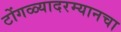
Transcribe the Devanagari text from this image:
टोंगळ्यादरम्यानचा